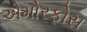
એમોરફોસ